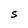
Character: S